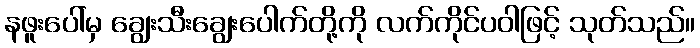
နဖူးပေါ်မှ ချွေးသီးချွေးပေါက်တို့ကို လက်ကိုင်ပဝါဖြင့် သုတ်သည်။